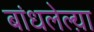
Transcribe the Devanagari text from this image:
बांधलेल्य़ा